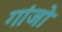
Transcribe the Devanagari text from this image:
गांजो